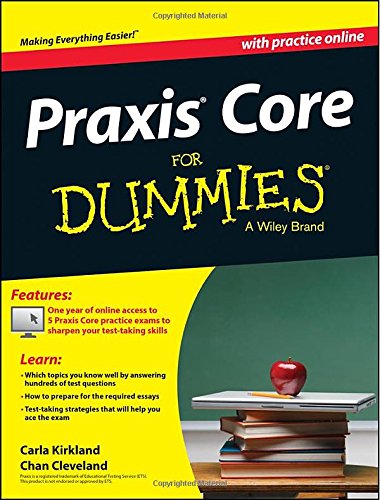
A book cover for Praxis Core For Dummies, with Online Practice Tests; Carla Kirkland; Test Preparation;